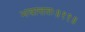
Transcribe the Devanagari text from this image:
भयात्ततः॥११॥